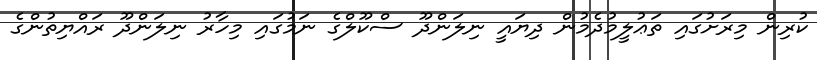
ކުރިން މިރަށުގައި ތަޢުލީމުދެމުން ދިޔައީ ނިލަންދޫ ސްކޫލްގެ ނަމުގައި މިހާރު ނިލަންދޫ ރައްޔިތުންގެ